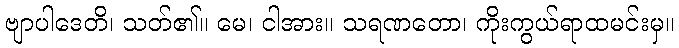
ဗျာပါဒေတိ၊ သတ်၏။ မေ၊ ငါအား။ သရဏတော၊ ကိုးကွယ်ရာထမင်းမှ။